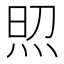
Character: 𤈌